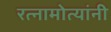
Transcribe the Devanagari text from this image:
रत्नामोत्यांनी